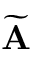
\widetilde { \bf A }